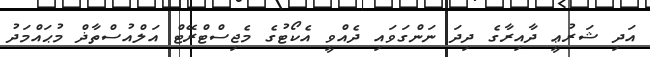
އަދި ޝަރުޢީ ދާއިރާގެ ދިދަ ނަންގަވައި ދެއްވީ އެކޯޓުގެ މެޖިސްޓްރޭޓް އަލްއުސްތާޛް މުޙައްމަދު